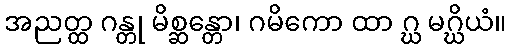
အညတ္ထ ဂန္တု မိစ္ဆန္တော၊ ဂမိကော ထာ ဂ္ဃ မဂ္ဃိယံ။